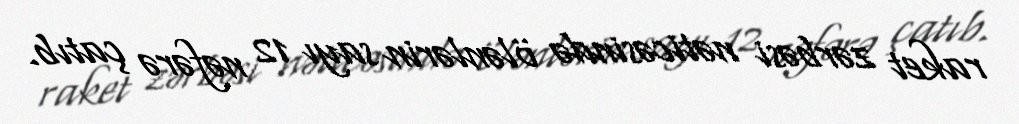
raket zərbəsi nəticəsində ölənlərin sayı 12 nəfərə çatıb.